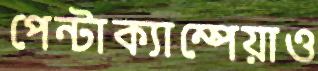
পেন্টাক্যাম্পেয়াও